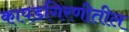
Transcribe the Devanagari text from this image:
कापडगिरणीतील